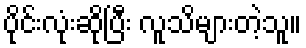
ပိုင်းလုံးဆိုပြီး လူသိများတဲ့သူ။